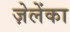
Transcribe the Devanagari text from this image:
ज़ेलेंका